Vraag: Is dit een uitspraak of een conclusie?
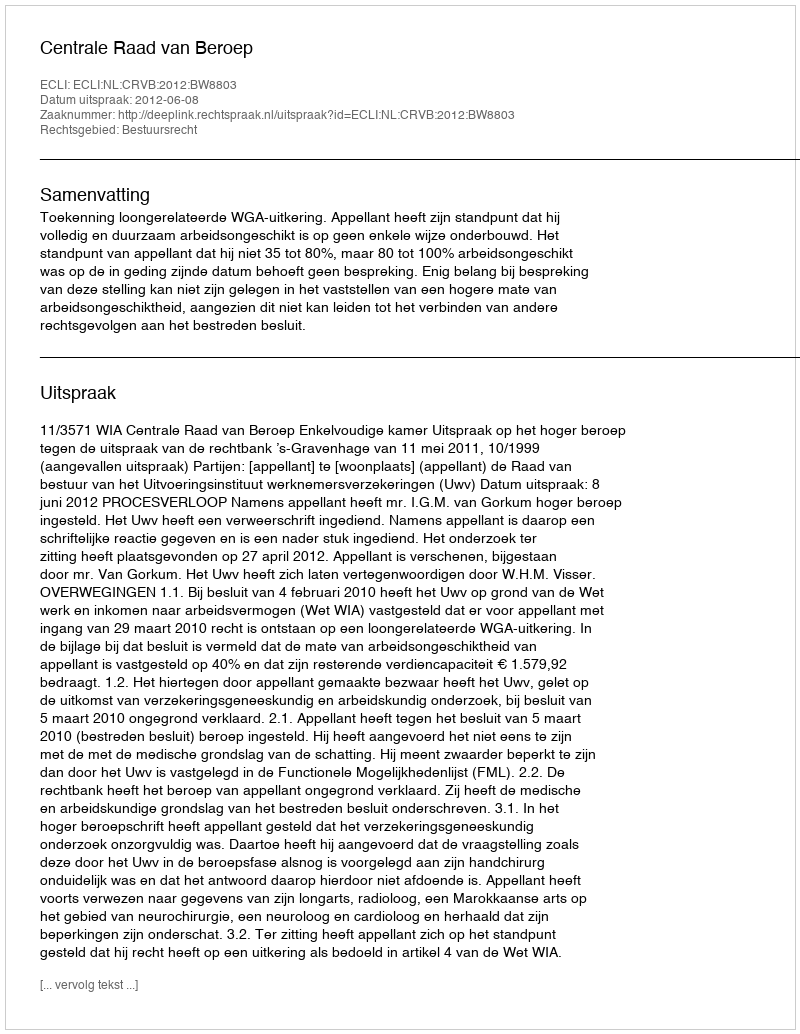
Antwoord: Uitspraak